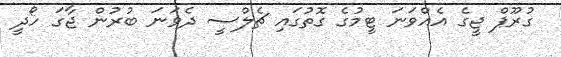
ގުރޫޕް ޖީގެ އެއްވަނަ ޓީމުގެ ގޮތުގައި ޗެލްސީ ދެވަނަ ބުރުން ޖާގަ ހޯދީ